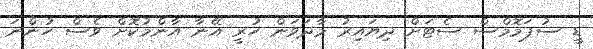
ޑީ ސުޕަމޮމްސް ސެޓަށް ދިޔައިރު މާދަވަން ހުރީ އޭނާ އާންމުކޮށް ވެސް ހުންނަ